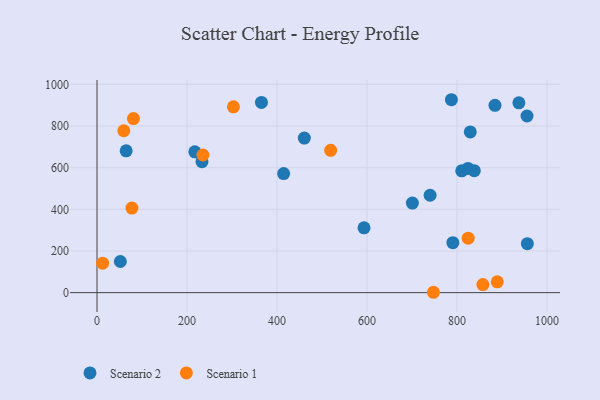
{"axis": {"x": "Price", "y": "Demand"}, "legend": ["Scenario 1", "Scenario 2"], "data": [{"x": "955.7", "y": 847.8, "type": "Scenario 2"}, {"x": "829.6", "y": 771.2, "type": "Scenario 2"}, {"x": "217.4", "y": 675.9, "type": "Scenario 2"}, {"x": "937.6", "y": 911.1, "type": "Scenario 2"}, {"x": "838.5", "y": 585.2, "type": "Scenario 2"}, {"x": "810.6", "y": 584.6, "type": "Scenario 2"}, {"x": "460.8", "y": 742.0, "type": "Scenario 2"}, {"x": "884.5", "y": 899.1, "type": "Scenario 2"}, {"x": "824.5", "y": 596.0, "type": "Scenario 2"}, {"x": "700.9", "y": 429.8, "type": "Scenario 2"}, {"x": "956.5", "y": 235.2, "type": "Scenario 2"}, {"x": "233.3", "y": 628.8, "type": "Scenario 2"}, {"x": "365.5", "y": 913.1, "type": "Scenario 2"}, {"x": "593.5", "y": 311.3, "type": "Scenario 2"}, {"x": "787.7", "y": 926.0, "type": "Scenario 2"}, {"x": "64.8", "y": 680.8, "type": "Scenario 2"}, {"x": "51.9", "y": 149.5, "type": "Scenario 2"}, {"x": "414.8", "y": 571.5, "type": "Scenario 2"}, {"x": "790.9", "y": 240.0, "type": "Scenario 2"}, {"x": "740.3", "y": 467.5, "type": "Scenario 2"}, {"x": "59.6", "y": 777.0, "type": "Scenario 1"}, {"x": "303.2", "y": 891.7, "type": "Scenario 1"}, {"x": "235.5", "y": 660.6, "type": "Scenario 1"}, {"x": "857.6", "y": 38.7, "type": "Scenario 1"}, {"x": "12.5", "y": 141.2, "type": "Scenario 1"}, {"x": "81.0", "y": 835.7, "type": "Scenario 1"}, {"x": "747.7", "y": 1.7, "type": "Scenario 1"}, {"x": "889.6", "y": 52.1, "type": "Scenario 1"}, {"x": "825.0", "y": 261.6, "type": "Scenario 1"}, {"x": "77.6", "y": 405.9, "type": "Scenario 1"}, {"x": "519.3", "y": 683.1, "type": "Scenario 1"}]}